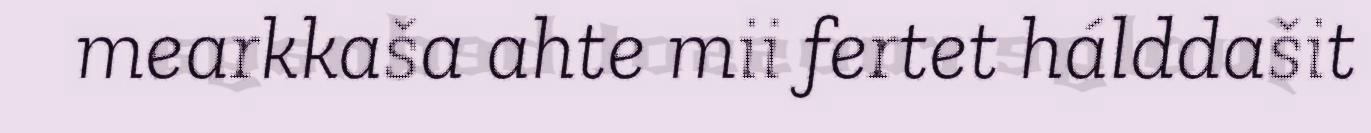
mearkkaša ahte mii fertet hálddašit